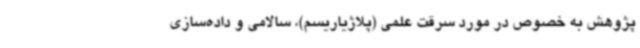
پژوهش به خصوص در مورد سرقت علمی (پلاژیاریسم)،‌ سالامی و داده‌سازی